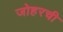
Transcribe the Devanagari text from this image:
जोहरची